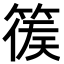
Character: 𥰉